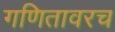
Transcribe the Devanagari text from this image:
गणितावरच